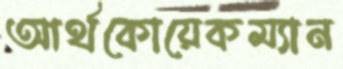
আর্থকোয়েকম্যান